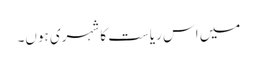
میں اس ریاست کا شہری ہوں۔